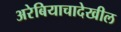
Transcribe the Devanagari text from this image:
अरेबियाचादेखील